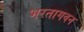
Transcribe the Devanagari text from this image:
भरतागवन